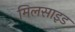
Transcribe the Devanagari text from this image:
मिलसाइड